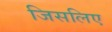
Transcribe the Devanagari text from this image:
जिसलिए